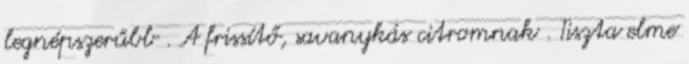
legnépszerűbb . A frissítő, savanykás citromnak . Tiszta elme